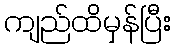
ကျည်ထိမှန်ပြီး